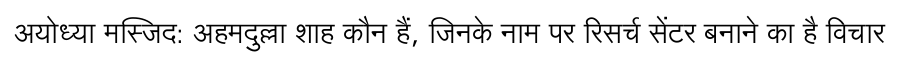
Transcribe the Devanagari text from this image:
अयोध्या मस्जिद: अहमदुल्ला शाह कौन हैं, जिनके नाम पर रिसर्च सेंटर बनाने का है विचार